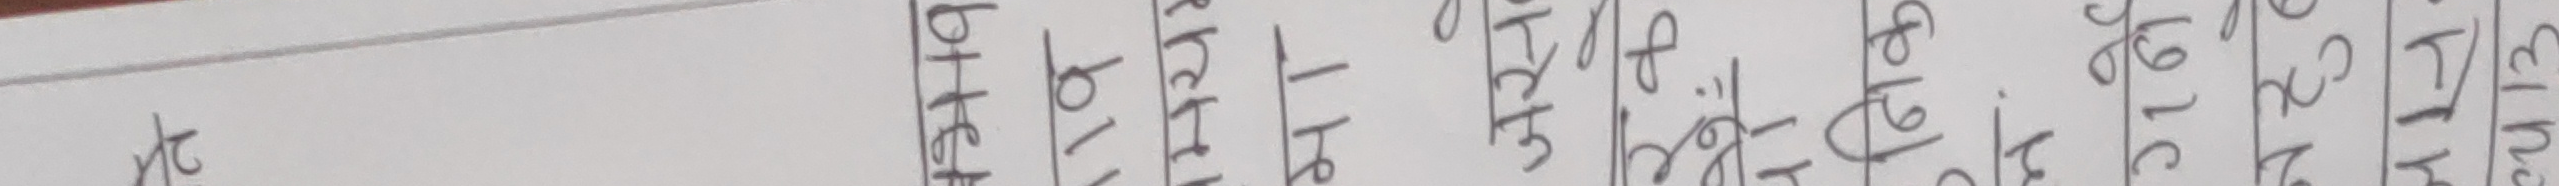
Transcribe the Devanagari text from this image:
र विकेट रन् मैच पिक ओभर कुल १९ ६१ ३८